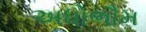
અધોભૌમ